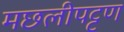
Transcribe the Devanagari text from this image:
मछलीपट्टण